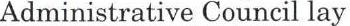
Administrative Council lay